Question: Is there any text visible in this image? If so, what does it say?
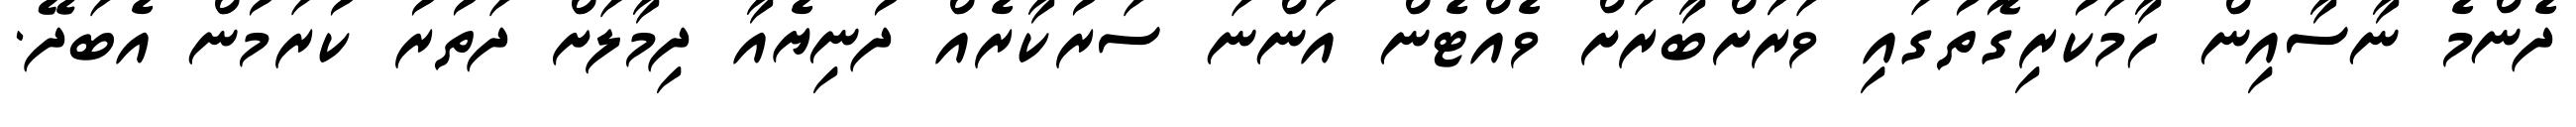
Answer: ދެންމެ ނާސާއިން ހާމަކުރިގޮތުގައި ވަރަަށްބާރަށް ވެއްޓެން އަންނަ ސަރުކާރެއް ދުނިޔެއާ ދިމާލަށް ދަތުރު ކުރަމުން އެބަދޭ.